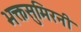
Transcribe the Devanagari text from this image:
भक्तसुमिरनी